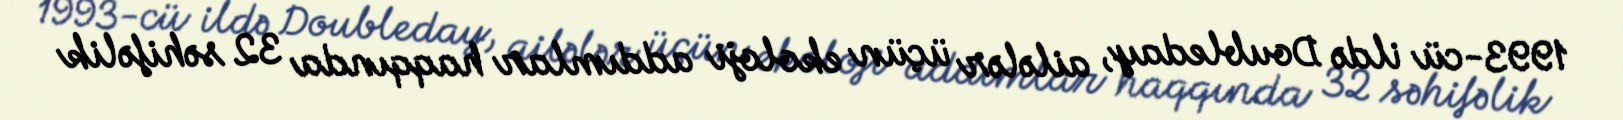
1993-cü ildə Doubleday, ailələr üçün ekoloji addımlar haqqında 32 səhifəlik